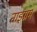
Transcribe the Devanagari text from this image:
नाइग्रम